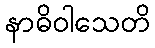
နာဓိဝါသေတိ